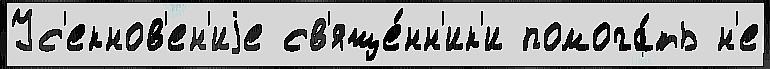
Ус'екнов'ен'иjе св'яще́нн'ик'и помога́ть н'е